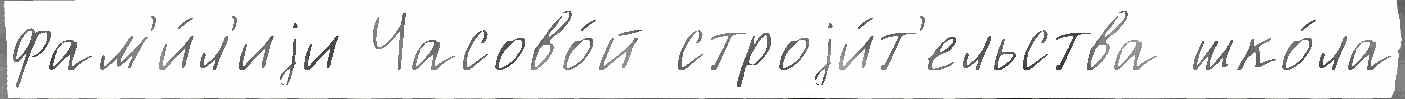
фам'и́л'иjи Часово́й строjи́т'ельства шко́ла